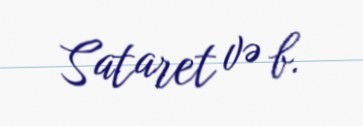
Sataret və b.